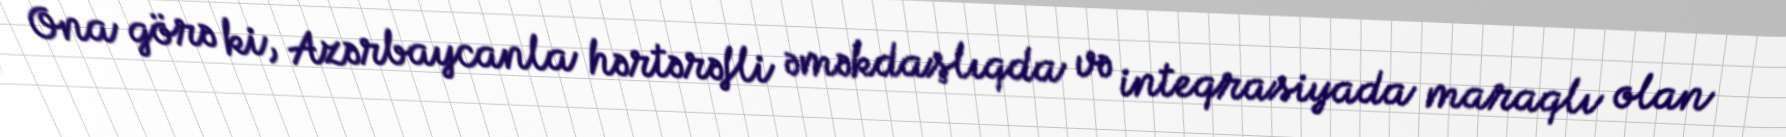
Ona görə ki, Azərbaycanla hərtərəfli əməkdaşlıqda və inteqrasiyada maraqlı olan